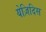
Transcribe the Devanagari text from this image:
येज़िदिस